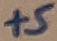
Text: +5